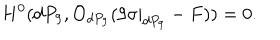
H ^ { 0 } ( d P _ { 9 } , { \cal O } _ { d P _ { 9 } } ( 9 \sigma | _ { d P _ { 9 } } - F ) ) = 0 .